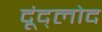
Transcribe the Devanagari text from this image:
दूंद्लोद